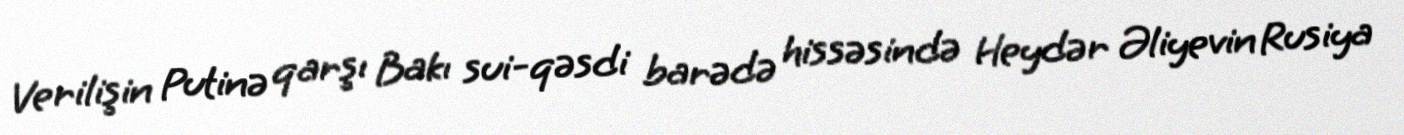
Verilişin Putinə qarşı Bakı sui-qəsdi barədə hissəsində Heydər Əliyevin Rusiya